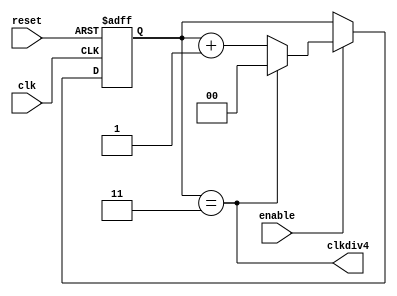
module cnt4 ( reset, clk, enable, clkdiv4 );
    input  wire reset;
    input  wire clk;
    input  wire enable;
    output wire clkdiv4;

    reg [1:0] cnt;

    assign clkdiv4 = (cnt == 2'b11);
    always @ (posedge reset or posedge clk) begin
        if (reset) begin
            cnt <= 0;
        end
        else if (enable) begin
            if (clkdiv4) begin
                cnt <= 0;
            end
            else begin
                cnt <= cnt + 1;
            end
        end
    end
endmodule

module TwentyFiveMHertz ( reset, clk, pulse );
    input  wire reset;
    input  wire clk;
    output wire pulse;

    wire clk25MHz;

    cnt4 vga_freq ( reset, clk, 1'b1, clk25MHz );

    assign pulse = clk25MHz;
endmodule

/*
In this example, we are going to use this clock divider to implement a signal of exactly .5 Hz frequency. 
First, we will need to calculate the constant. 
As an example, the input clock frequency of the Spartan3 is 100 MHz. We want our `flash` to be .5 Hz. 
So it should take 200000000 clock cycles before `flash` goes to '1' and returns to '0'. 
In another words, it takes 100000000 clock cycles for `flash` to flip its value. 
So the constant we need to choose here is 100000000.
*/
module HalfHertz( reset, clk, flash );

    input  wire reset;
    input  wire clk;
    output reg  flash; 

    parameter CYCLES = 100000000;

    reg [31:0] count = 32'b0;
 
    always @ (posedge reset or posedge clk) begin
        if (reset == 1'b1) begin
            count <= 32'b0;
            flash <= 1'b0;
        end 
        else if (count == CYCLES - 1) begin
            count <= 32'b0;
            flash <= ~flash;
        end 
        else begin
            count <= count + 1;
            flash <= flash;
        end    
    end

endmodule